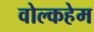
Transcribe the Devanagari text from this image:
वोल्कहेम